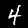
Digit: 4